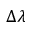
\Delta \lambda